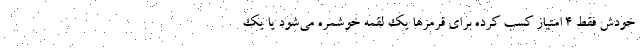
خودش فقط 4 امتیاز کسب کرده برای قرمزها یک لقمه خوشمره می‌شود یا یک